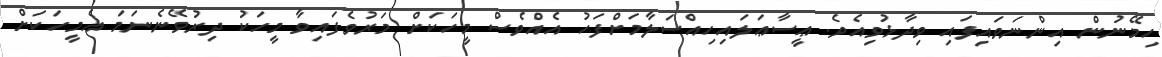
ހިމޭނުން އިންނަވައިފައި ވިދާޅުވިއެވެ. ޢީސާޢަލައިހިއްސަލާމަށްފަހު އެއްވެސް މީހަކަށް މަރުވެފައިވާ މީހަކު ދިރުވޭނެނަމަ އެމީހަކަށް